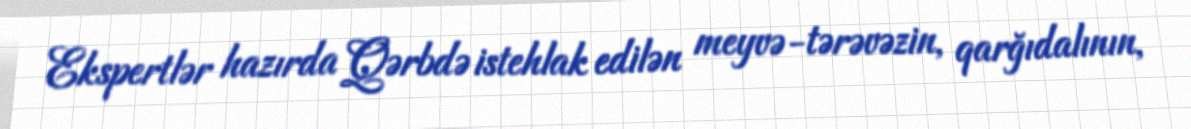
Ekspertlər hazırda Qərbdə istehlak edilən meyvə-tərəvəzin, qarğıdalının,